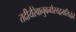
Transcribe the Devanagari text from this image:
तदीयैरेवानुबन्धैस्त्तद्वत्तासिद्धेर्न